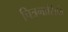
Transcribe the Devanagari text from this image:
चित्रमासिके